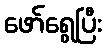
ဖော်ရွေပြီး